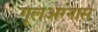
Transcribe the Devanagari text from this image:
गूलअरनास